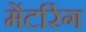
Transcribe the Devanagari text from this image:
मेंटरिंग